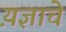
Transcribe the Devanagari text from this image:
य़ज्ञाचे